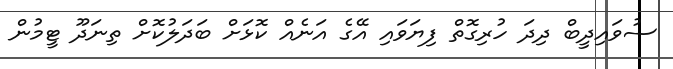
ސުވައިދީބް ދިދަ ހުރިގޮތް ފިޔަވައި އޭގެ އަނެއް ކޮޅަށް ބަދަލުކޮށް ތިނަދޫ ޓީމުން